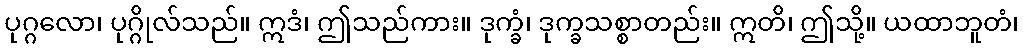
ပုဂ္ဂလော၊ ပုဂ္ဂိုလ်သည်။ ဣဒံ၊ ဤသည်ကား။ ဒုက္ခံ၊ ဒုက္ခသစ္စာတည်း။ ဣတိ၊ ဤသို့။ ယထာဘူတံ၊